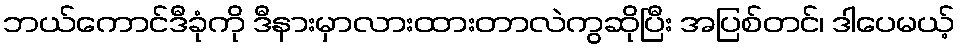
ဘယ်ကောင်ဒီခုံကို ဒီနားမှာလားထားတာလဲကွဆိုပြီး အပြစ်တင်၊ ဒါပေမယ့်